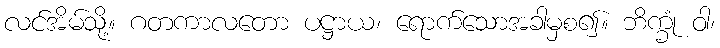
လင်အိမ်သို့။ ဂတကာလတော ပဋ္ဌာယ၊ ရောက်သောအခါမှစ၍။ ဘိက္ခုံ ဝါ၊